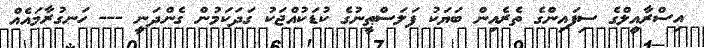
އިސްރާއީލްގެ ސިފައިންގެ ތެރެއިން ބަޔަކު ފަލަސްޠީނުގެ ކުޑަކުއްޖަކު ގަދަކަމުން ގެންދަނީ --- ހަނގުރާމައެއް